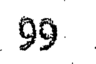
99